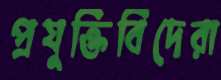
প্রযুক্তিবিদেরা